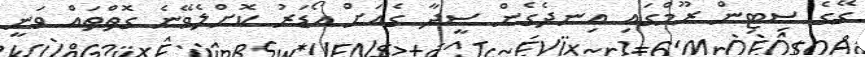
ގޭގެ ސިޓިން ރޫމްގައި އިނދެގެން ސީދާ ގެއަށް އޯޑަރު ކޮށްލެވޭނެ ގޮތްތައް ވަނީ